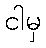
ငါမှ